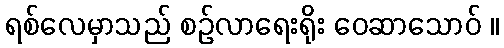
ရစ်လေမှာသည် စဉ်လာရေးရိုး ဝေဆာသောဝ် ။